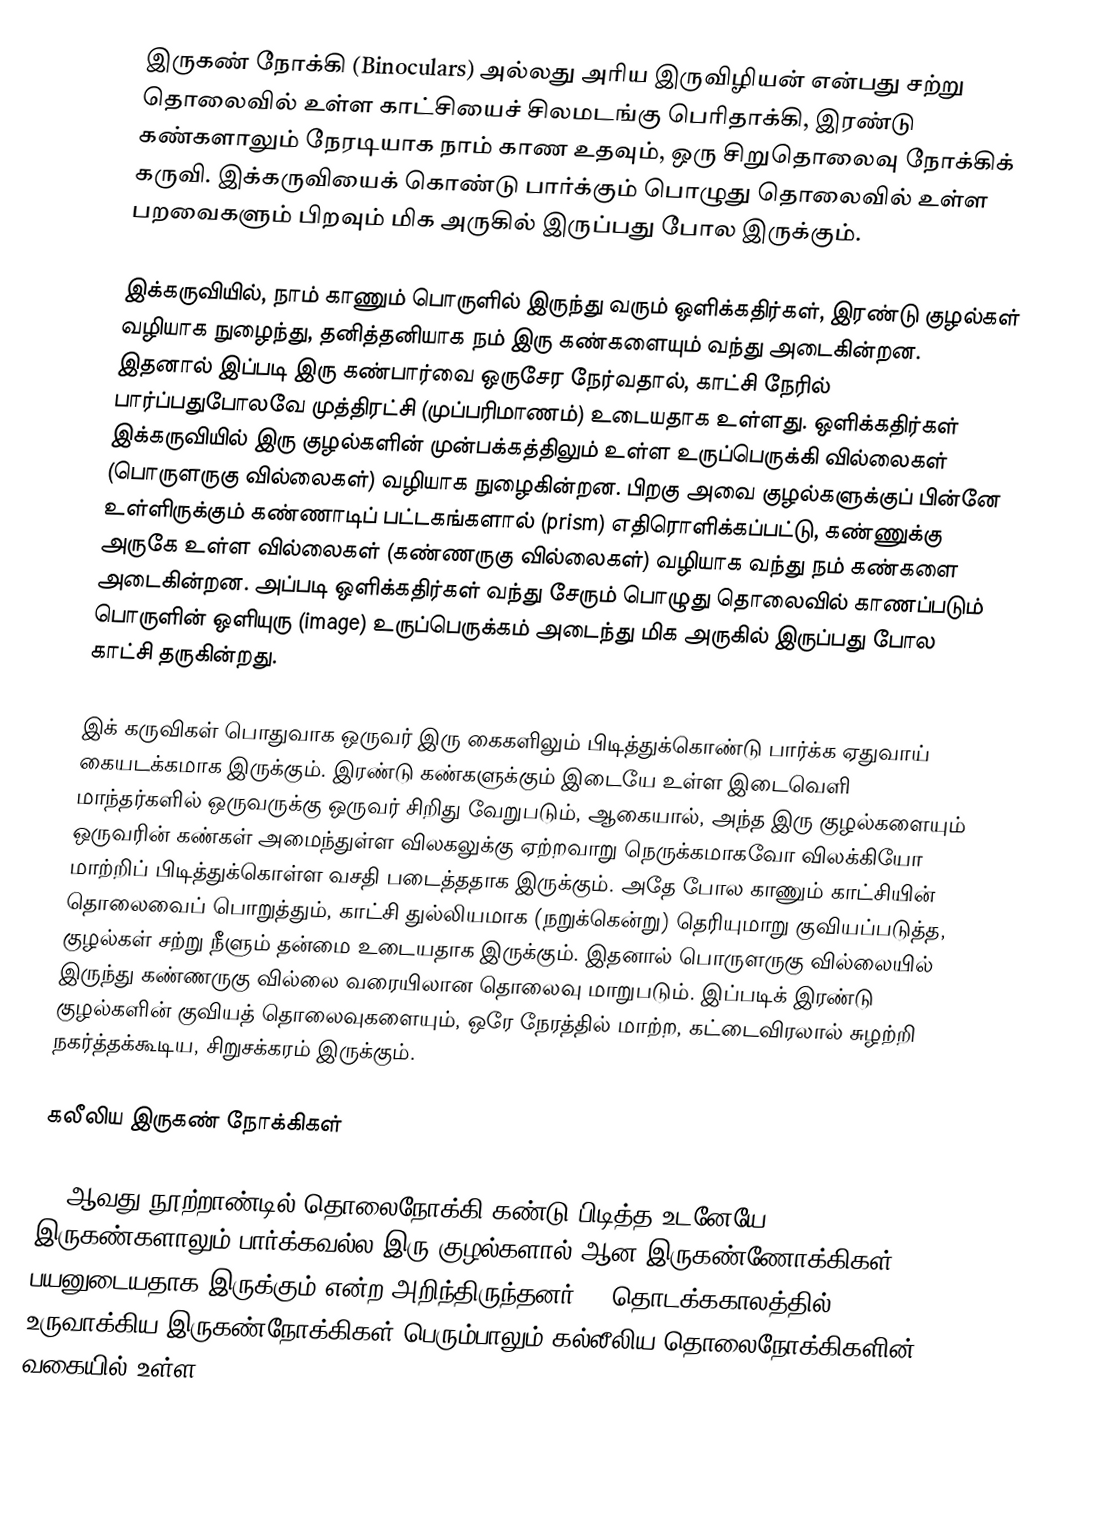
இருகண் நோக்கி (Binoculars) அல்லது அரிய இருவிழியன் என்பது சற்று தொலைவில் உள்ள காட்சியைச் சிலமடங்கு பெரிதாக்கி, இரண்டு கண்களாலும் நேரடியாக நாம் காண உதவும், ஒரு சிறுதொலைவு நோக்கிக் கருவி. இக்கருவியைக் கொண்டு பார்க்கும் பொழுது தொலைவில் உள்ள பறவைகளும் பிறவும் மிக அருகில் இருப்பது போல இருக்கும்.

இக்கருவியில், நாம் காணும் பொருளில் இருந்து வரும் ஒளிக்கதிர்கள், இரண்டு குழல்கள் வழியாக நுழைந்து, தனித்தனியாக நம் இரு கண்களையும் வந்து அடைகின்றன. இதனால் இப்படி இரு கண்பார்வை ஒருசேர நேர்வதால், காட்சி நேரில் பார்ப்பதுபோலவே முத்திரட்சி (முப்பரிமாணம்) உடையதாக உள்ளது. ஒளிக்கதிர்கள் இக்கருவியில் இரு குழல்களின் முன்பக்கத்திலும் உள்ள உருப்பெருக்கி வில்லைகள் (பொருளருகு வில்லைகள்) வழியாக நுழைகின்றன. பிறகு அவை குழல்களுக்குப் பின்னே உள்ளிருக்கும் கண்ணாடிப் பட்டகங்களால் (prism) எதிரொளிக்கப்பட்டு, கண்ணுக்கு அருகே உள்ள வில்லைகள் (கண்ணருகு வில்லைகள்) வழியாக வந்து நம் கண்களை அடைகின்றன. அப்படி ஒளிக்கதிர்கள் வந்து சேரும் பொழுது தொலைவில் காணப்படும் பொருளின் ஒளியுரு (image) உருப்பெருக்கம் அடைந்து மிக அருகில் இருப்பது போல காட்சி தருகின்றது.

இக் கருவிகள் பொதுவாக ஒருவர் இரு கைகளிலும் பிடித்துக்கொண்டு பார்க்க ஏதுவாய் கையடக்கமாக இருக்கும். இரண்டு கண்களுக்கும் இடையே உள்ள இடைவெளி மாந்தர்களில் ஒருவருக்கு ஒருவர் சிறிது வேறுபடும், ஆகையால், அந்த இரு குழல்களையும் ஒருவரின் கண்கள் அமைந்துள்ள விலகலுக்கு ஏற்றவாறு நெருக்கமாகவோ விலக்கியோ மாற்றிப் பிடித்துக்கொள்ள வசதி படைத்ததாக இருக்கும். அதே போல காணும் காட்சியின் தொலைவைப் பொறுத்தும், காட்சி துல்லியமாக (நறுக்கென்று) தெரியுமாறு குவியப்படுத்த, குழல்கள் சற்று நீளும் தன்மை உடையதாக இருக்கும். இதனால் பொருளருகு வில்லையில் இருந்து கண்ணருகு வில்லை வரையிலான தொலைவு மாறுபடும். இப்படிக் இரண்டு குழல்களின் குவியத் தொலைவுகளையும், ஒரே நேரத்தில் மாற்ற, கட்டைவிரலால் சுழற்றி நகர்த்தக்கூடிய, சிறுசக்கரம் இருக்கும்.

கலீலிய இருகண் நோக்கிகள்

17 ஆவது நூற்றாண்டில் தொலைநோக்கி கண்டு பிடித்த உடனேயே இருகண்களாலும் பார்க்கவல்ல இரு குழல்களால் ஆன இருகண்ணோக்கிகள் பயனுடையதாக இருக்கும் என்ற அறிந்திருந்தனர். . தொடக்ககாலத்தில் உருவாக்கிய இருகண்நோக்கிகள் பெரும்பாலும் கல்லீலிய தொலைநோக்கிகளின் வகையில் உள்ள